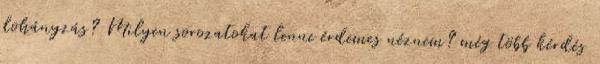
dohányzás? Milyen sorozatokat lenne érdemes néznem? még több kérdés